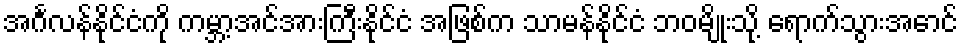
အင်္ဂလန်နိုင်ငံကို ကမ္ဘာ့အင်အားကြီးနိုင်ငံ အဖြစ်က သာမန်နိုင်ငံ ဘဝမျိုးသို့ ရောက်သွားအောင်